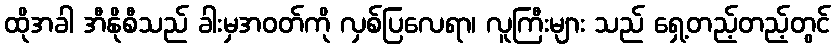
ထိုအခါ အီနိုစီသည် ခါးမှအဝတ်ကို လှစ်ပြလေရာ၊ လူကြီးများ သည် ရှေ့တည့်တည့်တွင်